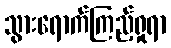
သွားရောက်ကြည့်ရှုရာ